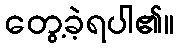
တွေ့ခဲ့ရပါ၏။